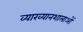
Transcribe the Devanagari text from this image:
व्याख्यानशालाओं